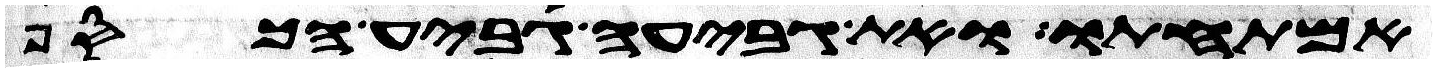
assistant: אמתחתו ואת גביע גביע הכסף